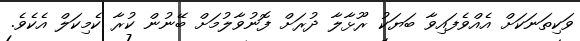
ވަކިތަނަކަށް އެއްވެފައިވާ ބަޔަކު ރޫޅާލާ ދުރަށް ފޮނުވާލުމަށް ބޭނުން ކުރާ ކެމިކަލް އެކެވެ.